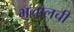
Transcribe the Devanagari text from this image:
भल्लालची